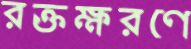
রক্তক্ষরণে